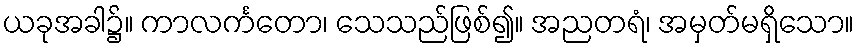
ယခုအခါ၌။ ကာလင်္ကတော၊ သေသည်ဖြစ်၍။ အညတရံ၊ အမှတ်မရှိသော။